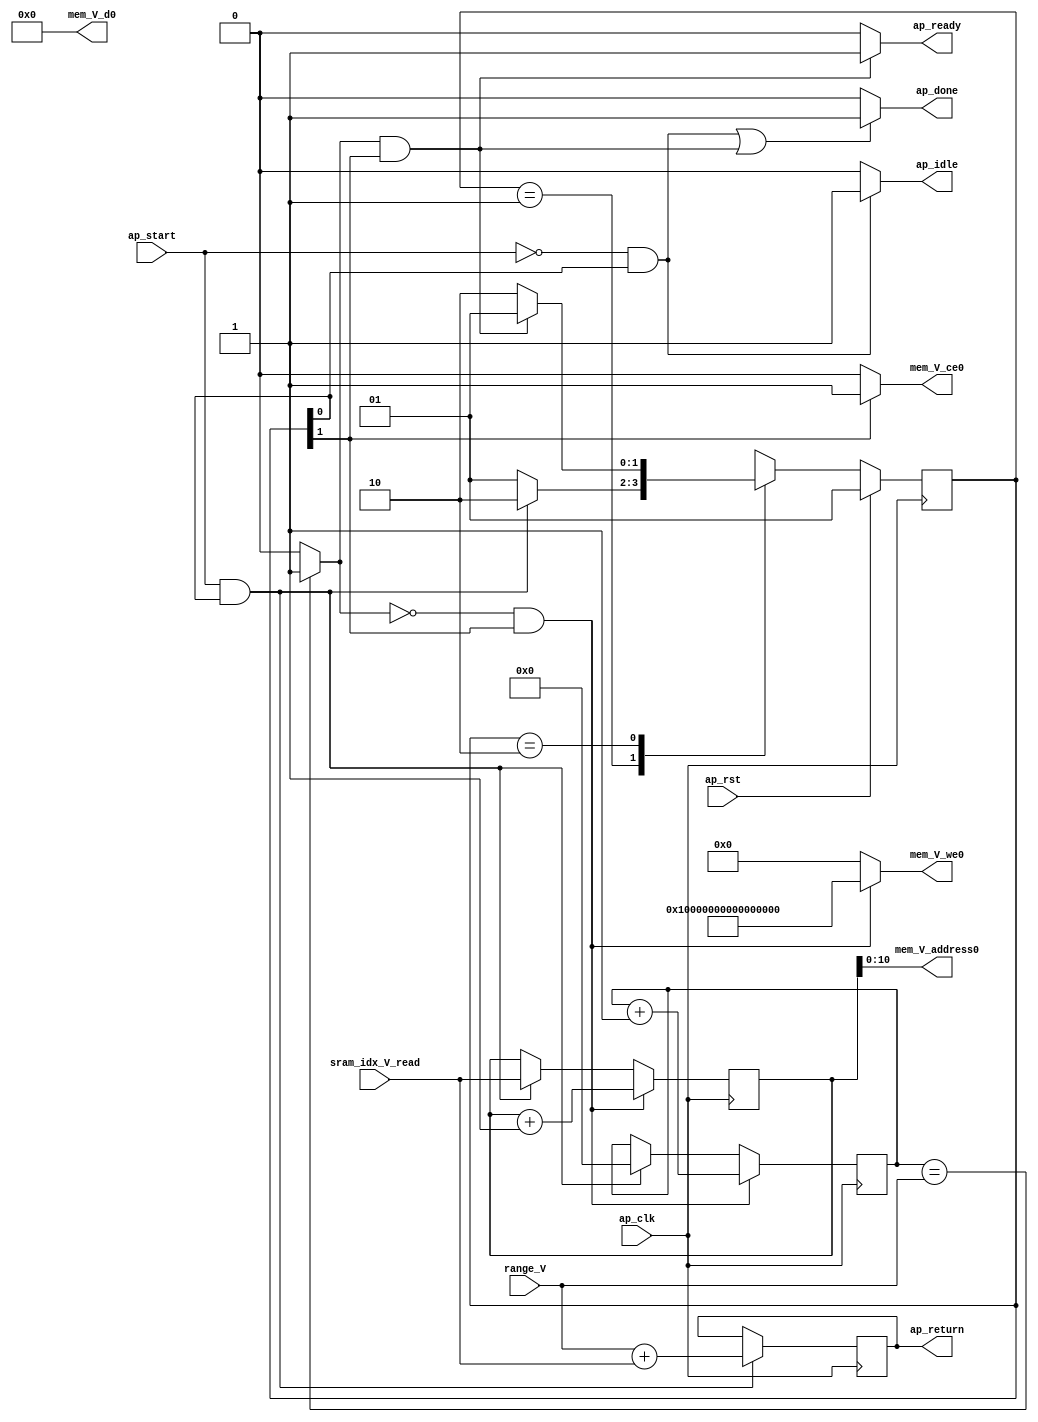
// ==============================================================
// RTL generated by Vivado(TM) HLS - High-Level Synthesis from C, C++ and OpenCL
// Version: 2020.1.1
// Copyright (C) 1986-2020 Xilinx, Inc. All Rights Reserved.
// 
// ===========================================================

`timescale 1 ns / 1 ps 

module reset_mem (
        ap_clk,
        ap_rst,
        ap_start,
        ap_done,
        ap_idle,
        ap_ready,
        sram_idx_V_read,
        range_V,
        mem_V_address0,
        mem_V_ce0,
        mem_V_we0,
        mem_V_d0,
        ap_return
);

parameter    ap_ST_fsm_state1 = 2'd1;
parameter    ap_ST_fsm_state2 = 2'd2;

input   ap_clk;
input   ap_rst;
input   ap_start;
output   ap_done;
output   ap_idle;
output   ap_ready;
input  [15:0] sram_idx_V_read;
input  [15:0] range_V;
output  [10:0] mem_V_address0;
output   mem_V_ce0;
output  [63:0] mem_V_we0;
output  [511:0] mem_V_d0;
output  [15:0] ap_return;

reg ap_done;
reg ap_idle;
reg ap_ready;
reg mem_V_ce0;
reg[63:0] mem_V_we0;

(* fsm_encoding = "none" *) reg   [1:0] ap_CS_fsm;
wire    ap_CS_fsm_state1;
wire   [15:0] add_ln37_fu_70_p2;
reg   [15:0] add_ln37_reg_108;
wire   [15:0] i_fu_81_p2;
wire    ap_CS_fsm_state2;
wire   [15:0] add_ln700_fu_92_p2;
wire   [0:0] icmp_ln37_fu_76_p2;
reg   [15:0] t_V_reg_50;
reg   [15:0] i_op_assign_reg_59;
wire   [63:0] zext_ln544_fu_87_p1;
reg   [1:0] ap_NS_fsm;

// power-on initialization
initial begin
#0 ap_CS_fsm = 2'd1;
end

always @ (posedge ap_clk) begin
    if (ap_rst == 1'b1) begin
        ap_CS_fsm <= ap_ST_fsm_state1;
    end else begin
        ap_CS_fsm <= ap_NS_fsm;
    end
end

always @ (posedge ap_clk) begin
    if (((icmp_ln37_fu_76_p2 == 1'd0) & (1'b1 == ap_CS_fsm_state2))) begin
        i_op_assign_reg_59 <= i_fu_81_p2;
    end else if (((ap_start == 1'b1) & (1'b1 == ap_CS_fsm_state1))) begin
        i_op_assign_reg_59 <= 16'd0;
    end
end

always @ (posedge ap_clk) begin
    if (((icmp_ln37_fu_76_p2 == 1'd0) & (1'b1 == ap_CS_fsm_state2))) begin
        t_V_reg_50 <= add_ln700_fu_92_p2;
    end else if (((ap_start == 1'b1) & (1'b1 == ap_CS_fsm_state1))) begin
        t_V_reg_50 <= sram_idx_V_read;
    end
end

always @ (posedge ap_clk) begin
    if (((ap_start == 1'b1) & (1'b1 == ap_CS_fsm_state1))) begin
        add_ln37_reg_108 <= add_ln37_fu_70_p2;
    end
end

always @ (*) begin
    if ((((ap_start == 1'b0) & (1'b1 == ap_CS_fsm_state1)) | ((icmp_ln37_fu_76_p2 == 1'd1) & (1'b1 == ap_CS_fsm_state2)))) begin
        ap_done = 1'b1;
    end else begin
        ap_done = 1'b0;
    end
end

always @ (*) begin
    if (((ap_start == 1'b0) & (1'b1 == ap_CS_fsm_state1))) begin
        ap_idle = 1'b1;
    end else begin
        ap_idle = 1'b0;
    end
end

always @ (*) begin
    if (((icmp_ln37_fu_76_p2 == 1'd1) & (1'b1 == ap_CS_fsm_state2))) begin
        ap_ready = 1'b1;
    end else begin
        ap_ready = 1'b0;
    end
end

always @ (*) begin
    if ((1'b1 == ap_CS_fsm_state2)) begin
        mem_V_ce0 = 1'b1;
    end else begin
        mem_V_ce0 = 1'b0;
    end
end

always @ (*) begin
    if (((icmp_ln37_fu_76_p2 == 1'd0) & (1'b1 == ap_CS_fsm_state2))) begin
        mem_V_we0 = 64'd18446744073709551615;
    end else begin
        mem_V_we0 = 64'd0;
    end
end

always @ (*) begin
    case (ap_CS_fsm)
        ap_ST_fsm_state1 : begin
            if (((ap_start == 1'b1) & (1'b1 == ap_CS_fsm_state1))) begin
                ap_NS_fsm = ap_ST_fsm_state2;
            end else begin
                ap_NS_fsm = ap_ST_fsm_state1;
            end
        end
        ap_ST_fsm_state2 : begin
            if (((icmp_ln37_fu_76_p2 == 1'd1) & (1'b1 == ap_CS_fsm_state2))) begin
                ap_NS_fsm = ap_ST_fsm_state1;
            end else begin
                ap_NS_fsm = ap_ST_fsm_state2;
            end
        end
        default : begin
            ap_NS_fsm = 'bx;
        end
    endcase
end

assign add_ln37_fu_70_p2 = (range_V + sram_idx_V_read);

assign add_ln700_fu_92_p2 = (t_V_reg_50 + 16'd1);

assign ap_CS_fsm_state1 = ap_CS_fsm[32'd0];

assign ap_CS_fsm_state2 = ap_CS_fsm[32'd1];

assign ap_return = add_ln37_reg_108;

assign i_fu_81_p2 = (i_op_assign_reg_59 + 16'd1);

assign icmp_ln37_fu_76_p2 = ((i_op_assign_reg_59 == range_V) ? 1'b1 : 1'b0);

assign mem_V_address0 = zext_ln544_fu_87_p1;

assign mem_V_d0 = 512'd0;

assign zext_ln544_fu_87_p1 = t_V_reg_50;

endmodule //reset_mem